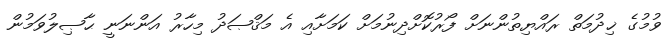
ވުމުގެ ޚިދުމަތް ރައްޔިތުންނަށް ފޯރުކޮށްދިނުމަށް ކަމަށާއި އެ މަޤްޞަދު މިހާރު އަންނަނީ ޙާޞިލުވަމުން